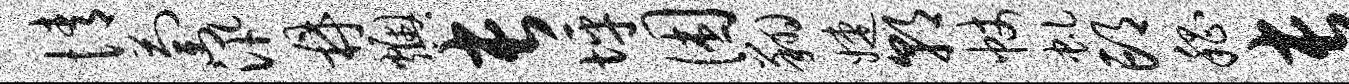
情萄汛鼎燠长坪困翔婕朝帐虬邙嵇长